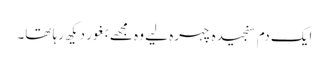
ایک دم سنجیدہ چہرہ لیے وہ مجھے بغور دیکھ رہا تھا۔